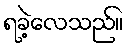
ရခဲ့လေသည်။